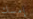
إمسك